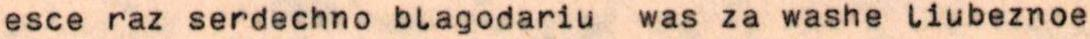
esce raz serdechno blagodariu was za washe liubeznoe